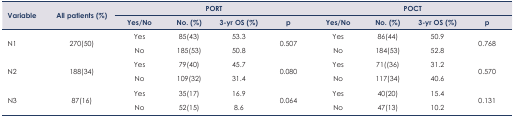
| <ROWSPAN=3> Variable | <ROWSPAN=3> All patients (%) | <COLSPAN=4> PORT | <COLSPAN=4> POCT |
 | Yes/No | No. (%) | 3-yr OS (%) | p | Yes/No | No. (%) | 3-yr OS (%) | p |
 | --- | --- | --- | --- | --- | --- | --- | --- | --- | --- |
 | <ROWSPAN=2> N1 | <ROWSPAN=2> 270(50) | Yes | 85(43) | 53.3 | <ROWSPAN=2> 0.507 | Yes | 86(44) | 50.9 | <ROWSPAN=2> 0.768 |
 | No | 185(53) | 50.8 | No | 184(53) | 52.8 |
 | <ROWSPAN=2> N2 | <ROWSPAN=2> 188(34) | Yes | 79(40) | 45.7 | <ROWSPAN=2> 0.080 | Yes | 71((36) | 31.2 | <ROWSPAN=2> 0.570 |
 | No | 109(32) | 31.4 | No | 117(34) | 40.6 |
 | <ROWSPAN=2> N3 | <ROWSPAN=2> 87(16) | Yes | 35(17) | 16.9 | <ROWSPAN=2> 0.064 | Yes | 40(20) | 15.4 | <ROWSPAN=2> 0.131 |
 | No | 52(15) | 8.6 | No | 47(13) | 10.2 |